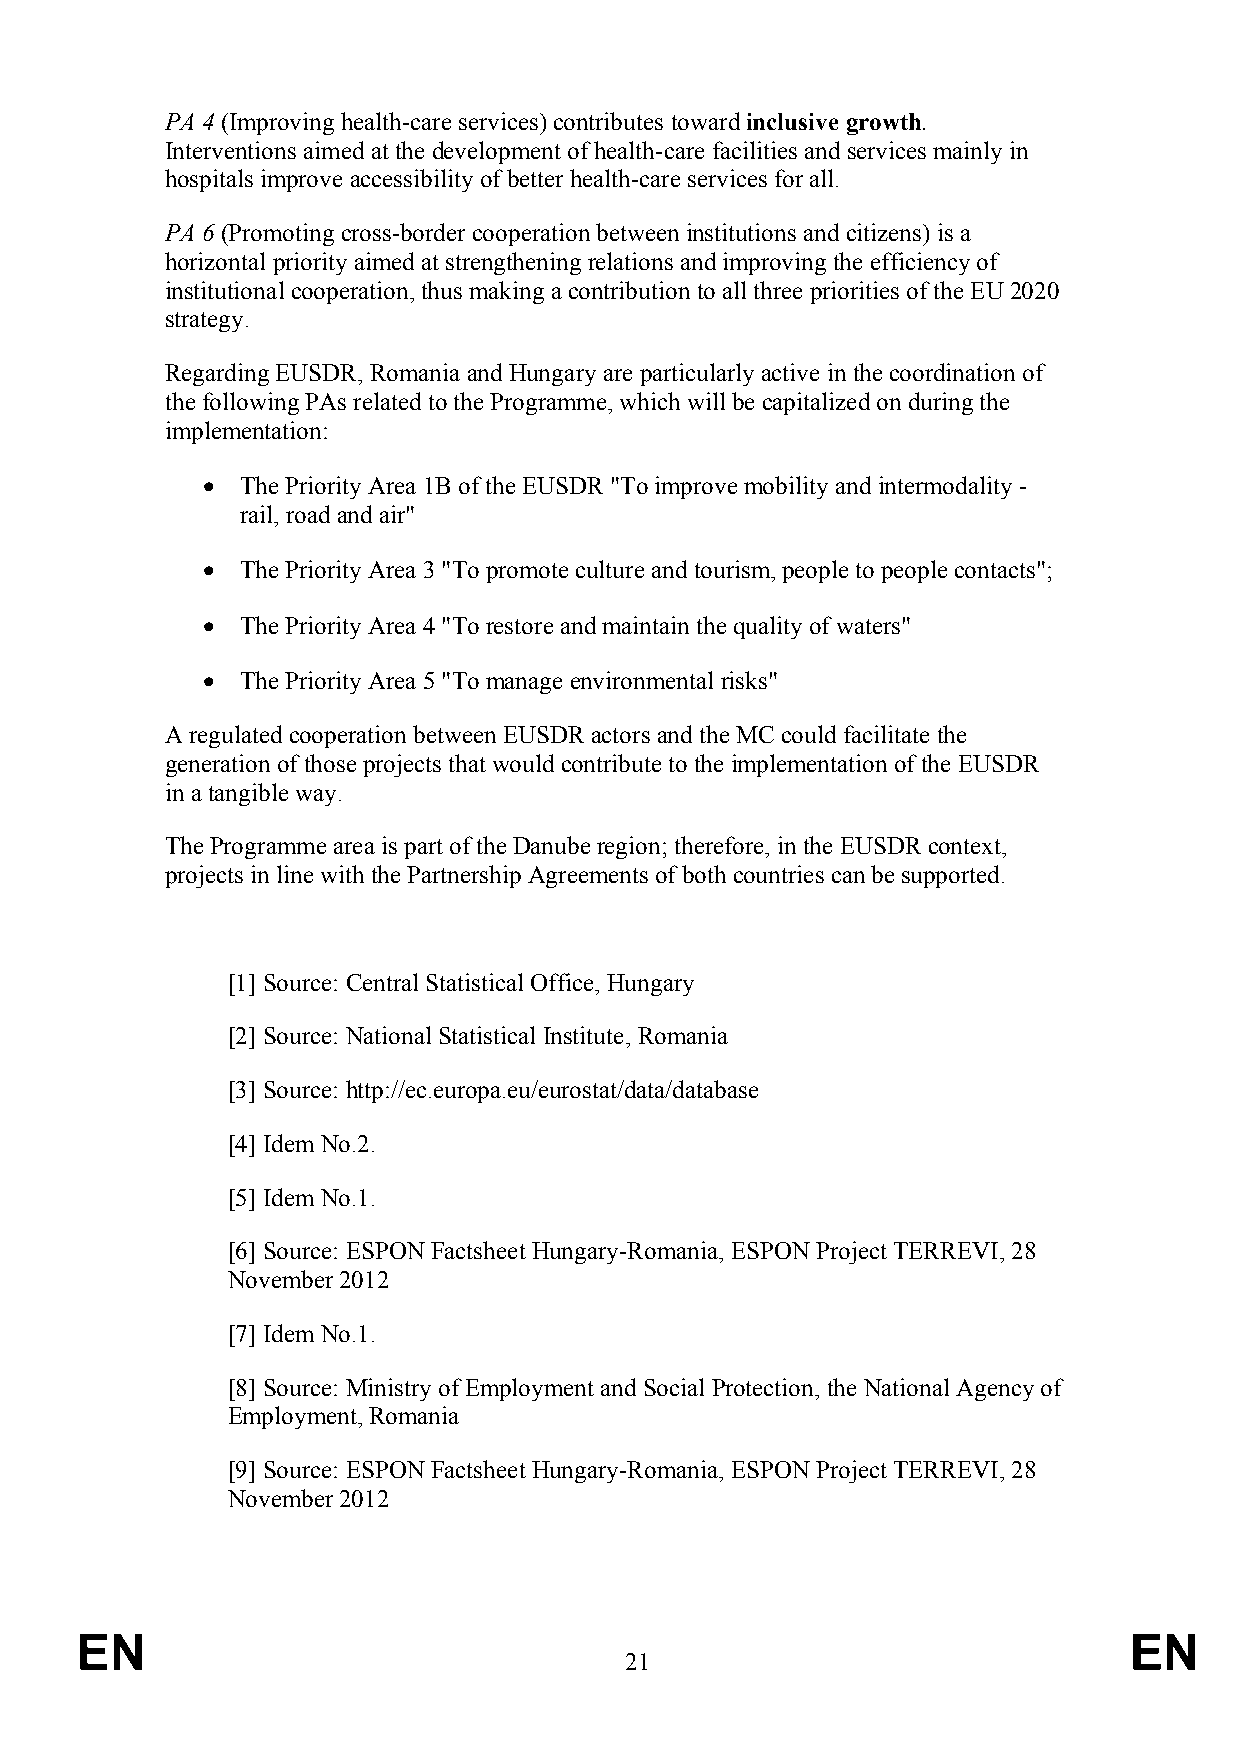
PA 4 (Improving health-care services) contributes toward inclusive growth.
 Interventions aimed at the development of health-care facilities and services mainly in
 hospitals improve accessibility of better health-care services for all.
 PA 6 (Promoting cross-border cooperation between institutions and citizens) is a
 horizontal priority aimed at strengthening relations and improving the efficiency of
 institutional cooperation, thus making a contribution to all three priorities of the EU 2020
 strategy.
 Regarding EUSDR, Romania and Hungary are particularly active in the coordination of
 the following PAs related to the Programme, which will be capitalized on during the
 implementation:
   The Priority Area 1B of the EUSDR "To improve mobility and intermodality -
 rail, road and air"
   The Priority Area 3 "To promote culture and tourism, people to people contacts";
   The Priority Area 4 "To restore and maintain the quality of waters"
   The Priority Area 5 "To manage environmental risks"
 A regulated cooperation between EUSDR actors and the MC could facilitate the
 generation of those projects that would contribute to the implementation of the EUSDR
 in a tangible way.
 The Programme area is part of the Danube region; therefore, in the EUSDR context,
 projects in line with the Partnership Agreements of both countries can be supported.
 [1] Source: Central Statistical Office, Hungary
 [2] Source: National Statistical Institute, Romania
 [3] Source: http://ec.europa.eu/eurostat/data/database
 [4] Idem No.2.
 [5] Idem No.1.
 [6] Source: ESPON Factsheet Hungary-Romania, ESPON Project TERREVI, 28
 November 2012
 [7] Idem No.1.
 [8] Source: Ministry of Employment and Social Protection, the National Agency of
 Employment, Romania
 [9] Source: ESPON Factsheet Hungary-Romania, ESPON Project TERREVI, 28
 November 2012
 EN                                                                    EN
 21